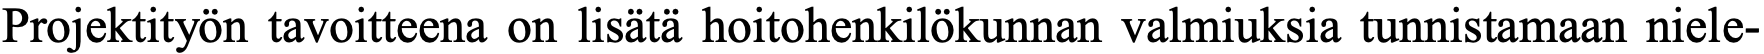
Projektityön tavoitteena on lisätä hoitohenkilökunnan valmiuksia tunnistamaan niele-